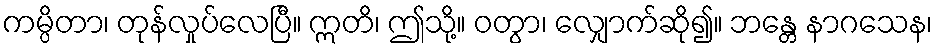
ကမ္ပိတာ၊ တုန်လှုပ်လေပြီ။ ဣတိ၊ ဤသို့။ ဝတွာ၊ လျှောက်ဆို၍။ ဘန္တေ နာဂသေန၊